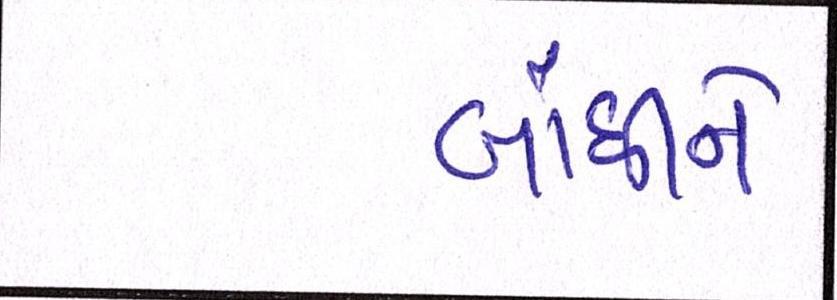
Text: બાંધીને